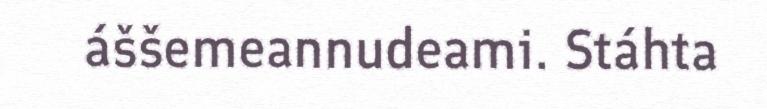
áššemeannudeami. Stáhta